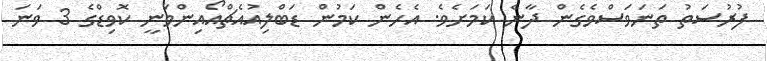
ފުރުސަތު ތަނަވަސްވެގެން ދާނެ ކަމަށެވެ. އެހެން ކަމުން ޑަބްލިއުއެޗްއޯއިންވަނީ ކޮވިޑްގެ 3 ވަނަ